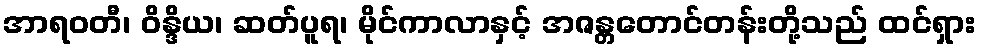
အာရဝတီ၊ ဝိန္ဒိယ၊ ဆတ်ပူရ၊ မိုင်ကာလာနှင့် အဇန္တတောင်တန်းတို့သည် ထင်ရှား